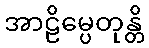
အာဠိမ္ပေတုန္တိ